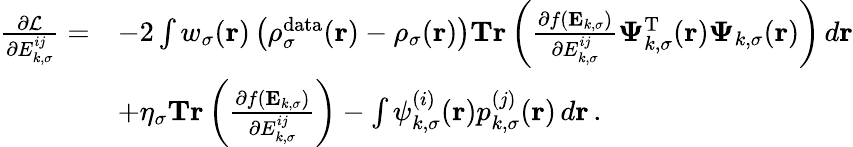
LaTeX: \begin{array}{rl}{\frac{\partial\mathcal{L}}{\partial{E}_{k,\sigma}^{ij}}=}&{-2\int w_{\sigma}(\boldsymbol{\textbf{r}})\left(\rho_{\sigma}^{\mathrm{data}}(\boldsymbol{\textbf{r}})-\rho_{\sigma}(\boldsymbol{\textbf{r}})\right)\textbf{Tr}\left(\frac{\partial f(\mathbf{E}_{k,\sigma})}{\partial{E}_{k,\sigma}^{ij}}\boldsymbol{\Psi}_{k,\sigma}^{\mathrm{T}}(\boldsymbol{\textbf{r}})\boldsymbol{\Psi}_{k,\sigma}(\boldsymbol{\textbf{r}})\right)\, d\boldsymbol{\textbf{r}}}\\ &{+\eta_{\sigma}\textbf{Tr}\left(\frac{\partial f(\mathbf{E}_{k,\sigma})}{\partial{E}_{k,\sigma}^{ij}}\right)-\int\psi_{k,\sigma}^{(i)}(\boldsymbol{\textbf{r}})p_{k,\sigma}^{(j)}(\boldsymbol{\textbf{r}})\, d\boldsymbol{\textbf{r}}\, .}\end{array}